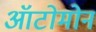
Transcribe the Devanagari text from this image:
ऑटोमोन